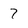
Character: 7